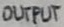
Text: OUTPUT